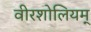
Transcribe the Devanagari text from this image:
वीरशोलियम्